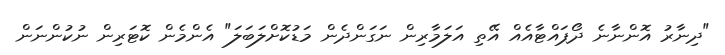
"ދިނާރު އޮންނާނެ ދޯޕައްޓާއެއް އޭތި އަލަމާރިން ނަގަންދެން މަޑުކޮށްލަބަލަ" އެންމެން ކޮޓަރިން ނުކުންނަން